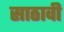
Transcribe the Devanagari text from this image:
साठावी